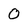
Character: O